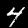
Label: 4